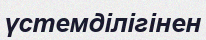
үстемділігінен